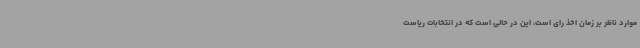
موارد ناظر بر زمان اخذ رای است، این در حالی است که در انتخابات ریاست